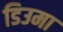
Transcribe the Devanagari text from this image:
डिउमा